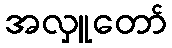
အလှူတော်